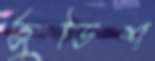
জুডিশ